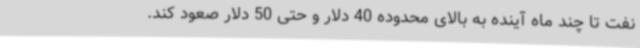
نفت تا چند ماه آینده به بالای محدوده 40 دلار و حتی 50 دلار صعود کند.